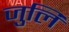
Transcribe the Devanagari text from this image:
जुलि